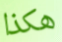
هكذا